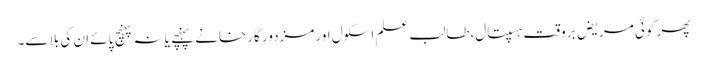
پھر کوئی مریض بروقت ہسپتال،طالب علم اسکول اور مزدور کارخانے پہنچے یا نہ پہنچ پائے ان کی بلا سے۔